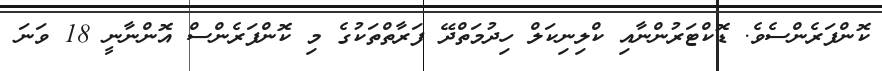
ކޮންފަރެންސެވެ. ޑޮކްޓަރުންނާއި ކްލިނިކަލް ހިދުމަތްދޭ ފަރާތްތަކުގެ މި ކޮންފަރެންސް އޮންނާނީ 18 ވަނަ